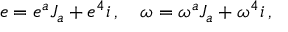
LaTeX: e = e ^ { a } J _ { a } + e ^ { 4 } i \, , \quad \omega = \omega ^ { a } J _ { a } + \omega ^ { 4 } i \, ,